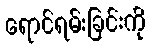
ရောင်ရမ်းခြင်းကို